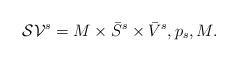
LaTeX: \begin{align*}\mathcal{SV}^{s}=M\times \bar{S}^{s}\times \bar{V}^{s}, p_{s},M.\end{align*}